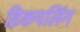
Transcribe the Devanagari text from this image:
डिकपलिंग